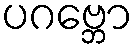
ပဂဗ္ဘော